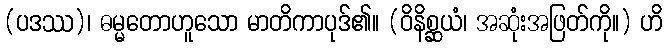
(ပဒဿ)၊ ဓမ္မတောဟူသော မာတိကာပုဒ်၏။ (ဝိနိစ္ဆယံ၊ အဆုံးအဖြတ်ကို။) ဟိ